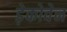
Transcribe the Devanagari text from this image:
ड़ेकोवेन